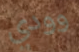
وودي